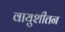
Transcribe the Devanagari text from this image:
वायुशीतन